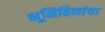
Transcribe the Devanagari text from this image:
भूमिहिनांचा